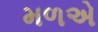
મળએ